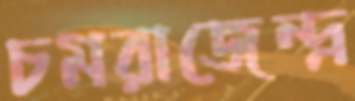
চমরাজেন্দ্র